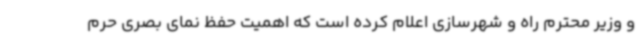
و وزیر محترم راه و شهرسازی اعلام کرده است که اهمیت حفظ نمای بصری حرم